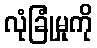
လုံခြုံမှုကို